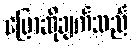
ပြောဆိုချက်သည်